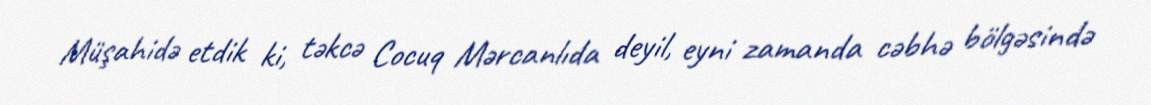
Müşahidə etdik ki, təkcə Cocuq Mərcanlıda deyil, eyni zamanda cəbhə bölgəsində